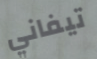
تيفاني